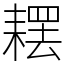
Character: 䎬